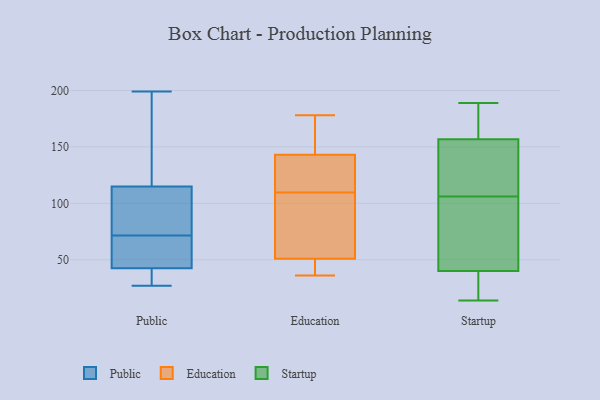
{"axis": {"x": "Production Output", "y": "Value"}, "legend": ["Education", "Public", "Startup"], "data": [{"x": "", "y": 199, "type": "Public"}, {"x": "", "y": 65, "type": "Public"}, {"x": "", "y": 44, "type": "Public"}, {"x": "", "y": 89, "type": "Public"}, {"x": "", "y": 70, "type": "Public"}, {"x": "", "y": 103, "type": "Public"}, {"x": "", "y": 41, "type": "Public"}, {"x": "", "y": 70, "type": "Public"}, {"x": "", "y": 122, "type": "Public"}, {"x": "", "y": 28, "type": "Public"}, {"x": "", "y": 163, "type": "Public"}, {"x": "", "y": 108, "type": "Public"}, {"x": "", "y": 73, "type": "Public"}, {"x": "", "y": 27, "type": "Public"}, {"x": "", "y": 27, "type": "Public"}, {"x": "", "y": 142, "type": "Public"}, {"x": "", "y": 92, "type": "Education"}, {"x": "", "y": 143, "type": "Education"}, {"x": "", "y": 134, "type": "Education"}, {"x": "", "y": 127, "type": "Education"}, {"x": "", "y": 174, "type": "Education"}, {"x": "", "y": 51, "type": "Education"}, {"x": "", "y": 66, "type": "Education"}, {"x": "", "y": 42, "type": "Education"}, {"x": "", "y": 178, "type": "Education"}, {"x": "", "y": 36, "type": "Education"}, {"x": "", "y": 168, "type": "Startup"}, {"x": "", "y": 149, "type": "Startup"}, {"x": "", "y": 158, "type": "Startup"}, {"x": "", "y": 21, "type": "Startup"}, {"x": "", "y": 182, "type": "Startup"}, {"x": "", "y": 153, "type": "Startup"}, {"x": "", "y": 32, "type": "Startup"}, {"x": "", "y": 16, "type": "Startup"}, {"x": "", "y": 137, "type": "Startup"}, {"x": "", "y": 158, "type": "Startup"}, {"x": "", "y": 77, "type": "Startup"}, {"x": "", "y": 40, "type": "Startup"}, {"x": "", "y": 40, "type": "Startup"}, {"x": "", "y": 14, "type": "Startup"}, {"x": "", "y": 121, "type": "Startup"}, {"x": "", "y": 189, "type": "Startup"}, {"x": "", "y": 41, "type": "Startup"}, {"x": "", "y": 106, "type": "Startup"}, {"x": "", "y": 42, "type": "Startup"}]}